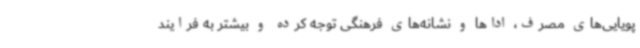
پویایی‌های مصرف، اداها و نشانه‌های فرهنگی توجه کرده و بیشتر به فرایند